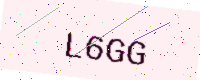
Text: L6GG